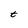
Character: t